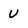
Character: U